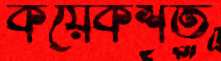
কয়েকশত